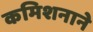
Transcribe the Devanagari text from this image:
कमिशनाने